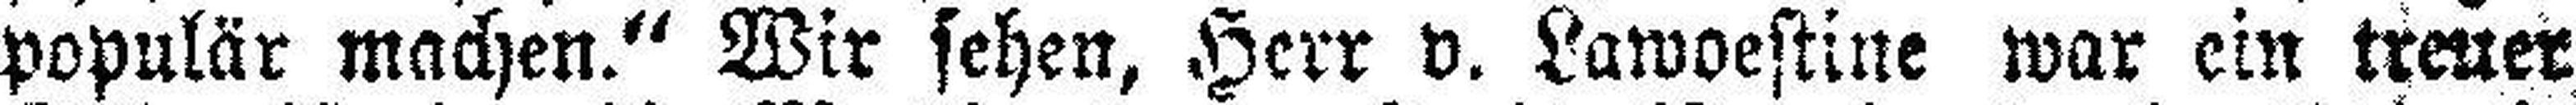
populär machen.“ Wir sehen, Herr v. Lawoestine war ein treuer